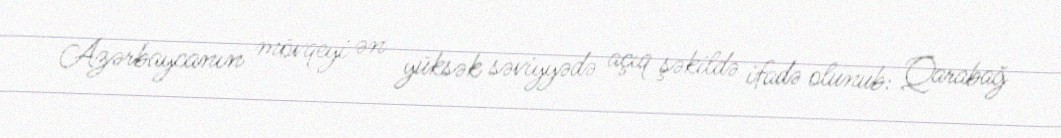
Azərbaycanın mövqeyi ən yüksək səviyyədə açıq şəkildə ifadə olunub: Qarabağ